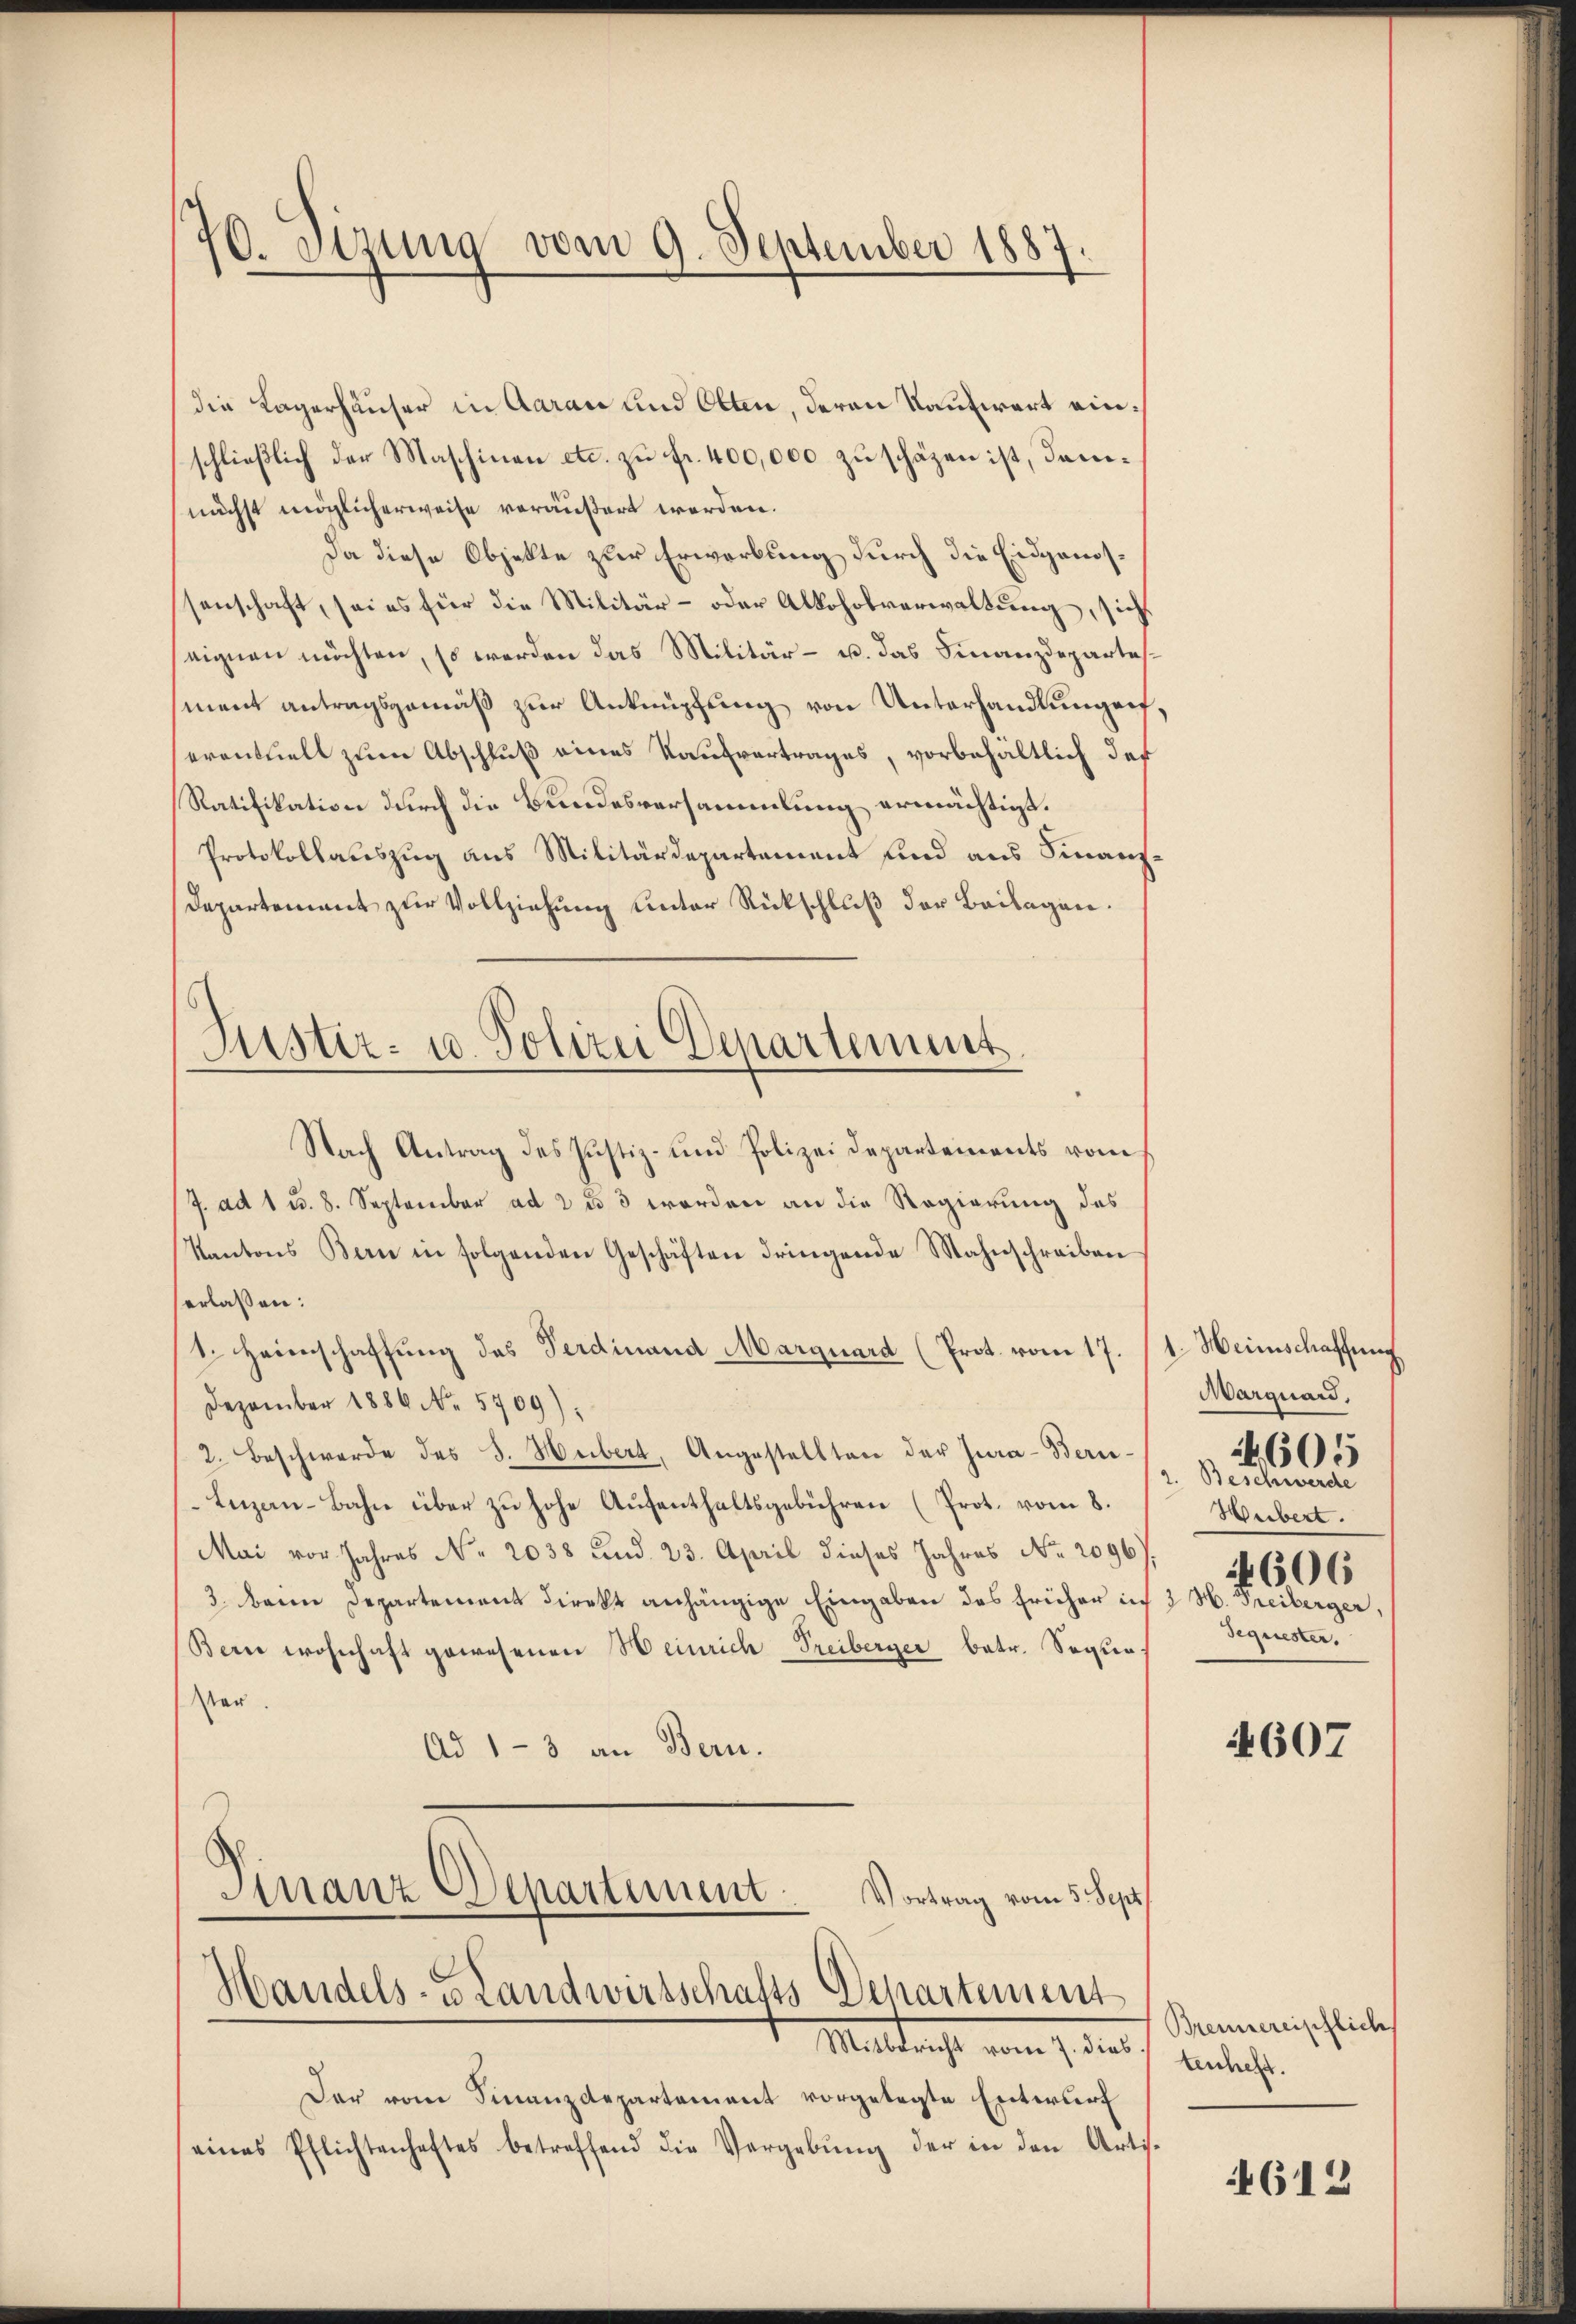
70. Sitzung vom 9. September 1887.

die Lagerhäuser in Aarau und Olten, deren Kaufwart einschließlich der Maschinen etc. zu Fr. 400,000 zu schäzen ist, dannächst möglicherweise veräußert werden.
Da diese Objekte zur Erwerbung durch die Eidgenossenschaft, sei es für die Militär- oder Alkoholverwaltung, sich
eignen möchten, so werden das Militär- u. das Finanzdepartement antragsgemäß zur Anknüpfung von Unterhandlungenf
eventuell zum Abschluß eines Kaufvertrages, vorbehältlich des
Ratifikation durch die Bundesversammlung ermächtigt.
Protokollauszug aus Militärdepartement und aus Finanz
Departement zur Vollziehung unter Rückschluß der Beilagen.
Nach Antrag des Justiz- und Polizei Departements vom
/7. ad 1 u. 8. September ad 2 u 3 worden an die Regierung des
Kantons Bern in folgenden Geschäften dringende Mahnschreiben
erlaßen:
1. Heimschaffung des Verdinand Marquard (Prot. vom 17.
Dezember 1886 No. 5709),
2. Beschwerde des J. Hubert, Angestellten der Jura-Berie¬
Leizan-Bahn über zu hohe Aufenthaltsgebühren (Prot. vom 8.
Mai vor Jahres No. 2038 und 23. April dieses Jahres No. 2096).
3. Beim Departement direkt anhängige Eingaben das früher in
Berne wohnhaft gewesenen Heinrich Treiberger betr. Sequetar.
Ad 1-3 an Bern.
Finanz Departement
Vortrag vom 5. Sept.

Suster- u. Polizei Departement

Handels- Landwirtschafts Departement
Mittracht vom 17. ten

Der vom Finanzdepartement vorgelegte Entwurf
eines Pflichtenhaftes betreffend die Vergabŭng der in den Artis-

1. Heimschaffung
Marquard.
2. Beschwerde
Hubert.
606
3 H. Freiberger
Sequester.

605

4607

Brennereischlichs
tenchert.

4612